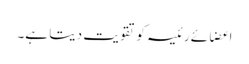
اعضائے رئیسہ کو تقویت دیتا ہے۔